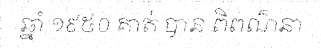
ឆ្នាំ ១៩៥០ គាត់ បាន ពិពណ៌នា